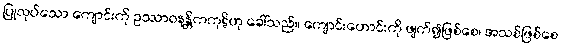
ပြုလုပ်သော ကျောင်းကို ဥဿာဝနန္တိကကုဋိဟု ခေါ်သည်။ ကျောင်းဟောင်းကို ဖျက်၍ဖြစ်စေ၊ အသစ်ဖြစ်စေ